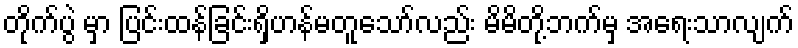
တိုက်ပွဲ မှာ ပြင်းထန်ခြင်းရှိဟန်မတူသော်လည်း မိမိတို့ဘက်မှ အရေးသာလျက်